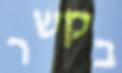
בקשר